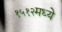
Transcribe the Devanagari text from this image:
१५१२मध्ये